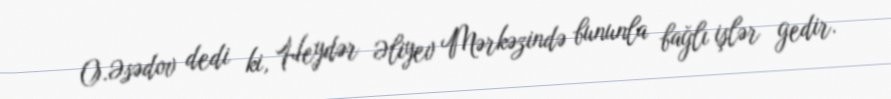
O.Əsədov dedi ki, Heydər Əliyev Mərkəzində bununla bağlı işlər gedir.